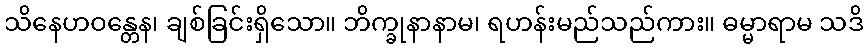
သိနေဟဝန္တေန၊ ချစ်ခြင်းရှိသော။ ဘိက္ခုနာနာမ၊ ရဟန်းမည်သည်ကား။ ဓမ္မာရာမ သဒိ